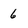
Character: 6